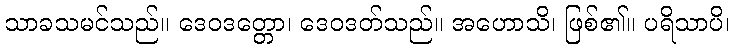
သာခသမင်သည်။ ဒေဝဒတ္တော၊ ဒေဝဒတ်သည်။ အဟောသိ၊ ဖြစ်၏။ ပရိသာပိ၊